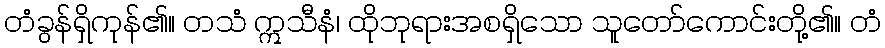
တံခွန်ရှိကုန်၏။ တသံ ဣသီနံ၊ ထိုဘုရားအစရှိသော သူတော်ကောင်းတို့၏။ တံ